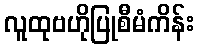
လူထုဗဟိုပြုစီမံကိန်း